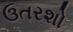
ઉતરશો